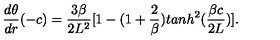
{ \frac { d \theta } { d r } } ( - c ) = { \frac { 3 \beta } { 2 L ^ { 2 } } } [ 1 - ( 1 + { \frac { 2 } { \beta } } ) t a n h ^ { 2 } ( { \frac { \beta c } { 2 L } } ) ] .